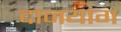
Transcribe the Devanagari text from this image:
दानयांग